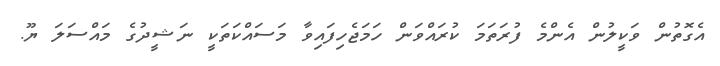
އެގޮތުން ވަކީލުން އެންމެ ފުރަތަމަ ކުރައްވަން ހަމަޖެހިފައިވާ މަސައްކަތަކީ ނަޝީދުގެ މައްސަލަ ޔޫ.